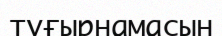
тұғырнамасын